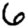
Digit: 6